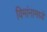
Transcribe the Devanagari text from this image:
विमांनामध्ये